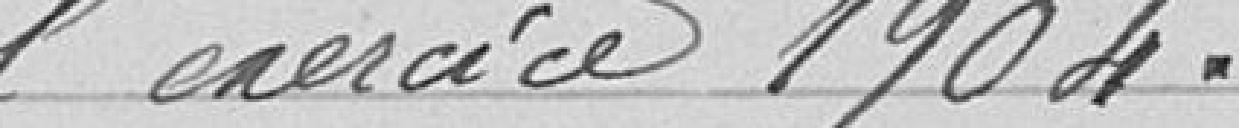
l'exercice 1904.